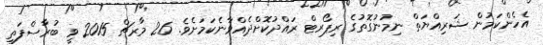
އެހެންކަމުން ޝަރިއްޔަތް ނިމުނުގޮތުގެ ރިޕޯރޓް ރައްދުކޮށްދެއްވާނެކަމަށެވެ. 26 މާރޗް 2015 ވީ ބުރާސްފަތި